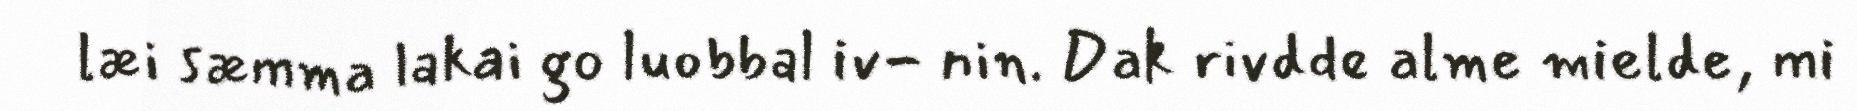
læi sæmma lakai go luobbal iv- nin. Dak rivdde alme mielde, mi